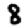
Digit: 8